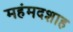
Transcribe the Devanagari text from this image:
महंमदशाह